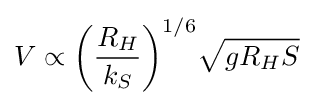
V\propto {\left({\frac {{R}_{H}}{{k}_{S}}}\right)}^{1/6}{\sqrt {g{R}_{H}S}}